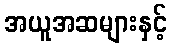
အယူအဆများနှင့်